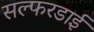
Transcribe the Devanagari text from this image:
सल्फरडाई